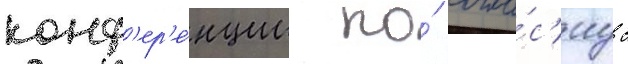
конф'ер'е́нции по́ согла́с'иу с